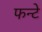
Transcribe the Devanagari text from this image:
फन्टे